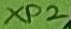
Text: XP2